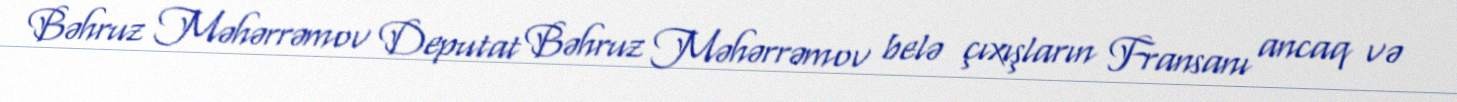
Bəhruz Məhərrəmov Deputat Bəhruz Məhərrəmov belə çıxışların Fransanı ancaq və